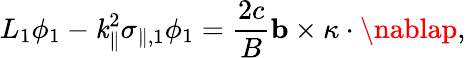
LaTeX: L_{1}\phi_{1}-\mathit{k}_{\parallel}^{2}\sigma_{\parallel,1}\phi_{1}=\frac{{2c}}{{B}}\mathbf{{b}}\times\kappa\cdot\nablap,